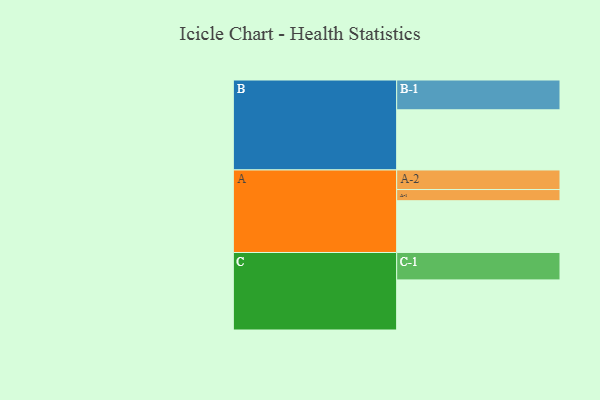
{"axis": {"x": "Segment", "y": "Value"}, "legend": ["", "A", "B", "C"], "data": [{"x": "A", "y": 370, "type": ""}, {"x": "B", "y": 430, "type": ""}, {"x": "C", "y": 358, "type": ""}, {"x": "A-1", "y": 80, "type": "A"}, {"x": "A-2", "y": 140, "type": "A"}, {"x": "B-1", "y": 213, "type": "B"}, {"x": "C-1", "y": 196, "type": "C"}]}